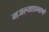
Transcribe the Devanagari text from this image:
मजल्याप्रमाणे